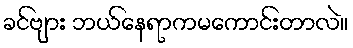
ခင်ဗျား ဘယ်နေရာကမကောင်းတာလဲ။